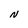
Character: N